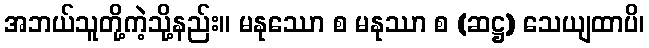
အဘယ်သူတို့ကဲ့သို့နည်း။ မနုဿော စ မနုဿာ စ (ဆဋ္ဌ) သေယျထာပိ၊